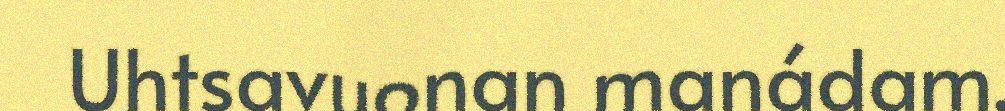
Uhtsavuonan manádam.